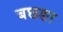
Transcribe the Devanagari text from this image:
बछङा